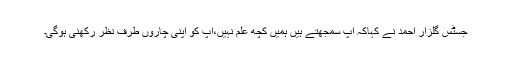
جسٹس گلزار احمد نے کہاکہ آپ سمجھتے ہیں ہمیں کچھ علم نہیں،آپ کو اپنی چاروں طرف نظر رکھنی ہوگی۔